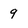
Character: 9